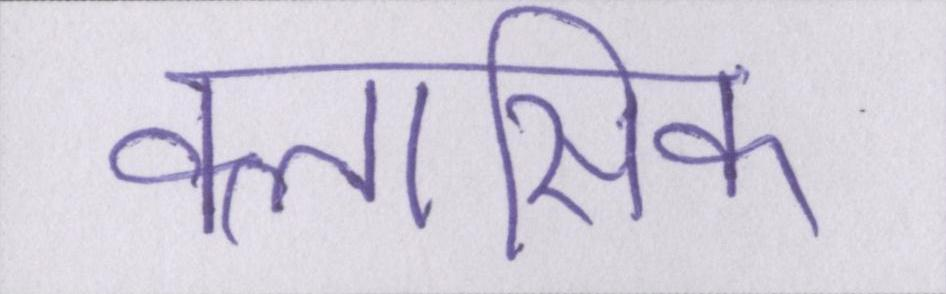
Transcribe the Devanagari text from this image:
क्लासिक